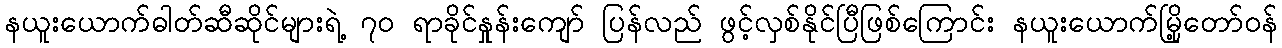
နယူးယောက်ဓါတ်ဆီဆိုင်များရဲ့ ၇၀ ရာခိုင်နှုန်းကျော် ပြန်လည် ဖွင့်လှစ်နိုင်ပြီဖြစ်ကြောင်း နယူးယောက်မြို့တော်ဝန်